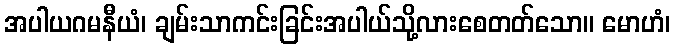
အပါယဂမနီယံ၊ ချမ်းသာကင်းခြင်းအပါယ်သို့လားစေတတ်သော။ မောဟံ၊